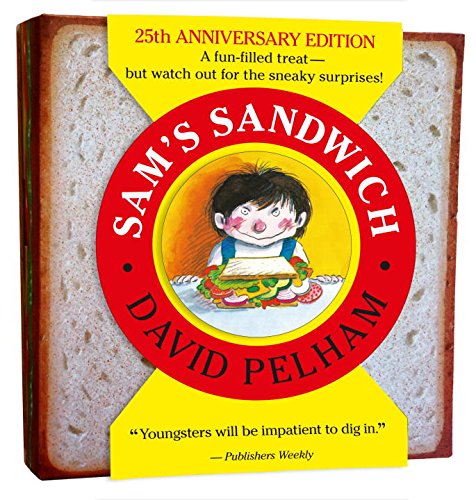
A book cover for Sam's Sandwich; David Pelham; Children's Books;